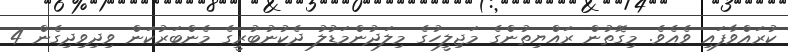
ކުރައްވާފައި ވެއެވެ. މިގޮތުން ރައްޔިތުންގެ މަޖިލީހުގެ މިލަދުންމަޑުލު ދެކުނުބުރީގެ މެންބަރުކަން ވިދިވިދިގެން 4